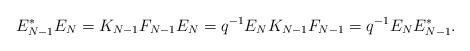
LaTeX: \begin{align*}E_{N - 1}^{*} E_{N} = K_{N - 1} F_{N - 1} E_{N}= q^{-1} E_{N} K_{N - 1} F_{N - 1}= q^{-1} E_{N} E_{N - 1}^{*}.\end{align*}